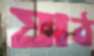
ষাঠ